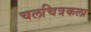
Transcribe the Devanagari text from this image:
चलचित्रकला